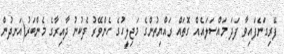
ފޭރިގަނެފައިވާ ފަދަ މައްސަަލައެއް ގޮތައް ރައްޔިތުންގެ މަޖިލީހުގެ ހެންވޭރު ދެކުނު ދާއިރާގެ މެންބަރު(އަނދުން